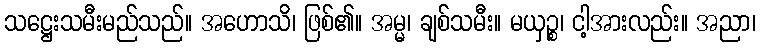
သဋ္ဌေးသမီးမည်သည်။ အဟောသိ၊ ဖြစ်၏။ အမ္မ၊ ချစ်သမီး။ မယှဉ္စ၊ ငါ့အားလည်း။ အညာ၊